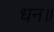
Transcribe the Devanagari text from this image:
धन॥